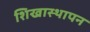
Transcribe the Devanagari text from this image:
शिखास्थापन